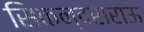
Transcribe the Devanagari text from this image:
सिकन्‍दराराऊ